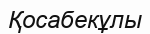
Қосабекұлы